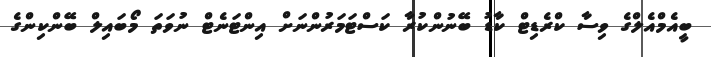
ބީއެމްއެލްގެ ވިސާ ކްރެޑިޓް ކާޑު ބޭނުންކުރާ ކަސްޓަމަރުންނަށް އިންޓަނެޓް ނުވަތަ މޯބައިލް ބޭންކިންގެ